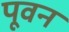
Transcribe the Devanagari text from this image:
पूवन